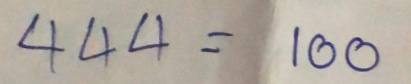
444 = 100